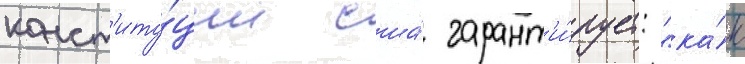
конст'иту́ции сша́ гарант'и́рует: "ка́к